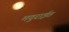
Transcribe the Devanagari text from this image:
मदुराईत